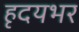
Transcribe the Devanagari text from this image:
हृदयभर